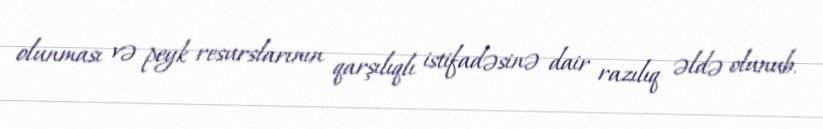
olunması və peyk resurslarının qarşılıqlı istifadəsinə dair razılıq əldə olunub.